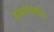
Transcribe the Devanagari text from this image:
युगलांगुलीय।